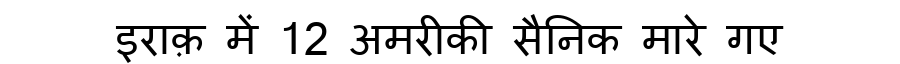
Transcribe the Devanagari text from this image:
इराक़ में 12 अमरीकी सैनिक मारे गए